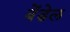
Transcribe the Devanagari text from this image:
बेंडेल